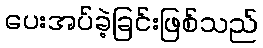
ပေးအပ်ခဲ့ခြင်းဖြစ်သည်